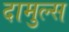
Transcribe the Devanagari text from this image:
दामुल्स